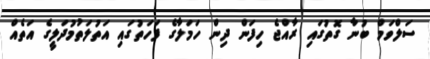
ސަލްވަމް ބުނާ ގޮތުގައި ރާއްޖެ ހިފަން ދިން ހަމަލާގެ ފަހަތުގައި އަތުލަތުމުދަލީގެ އަތެއް